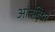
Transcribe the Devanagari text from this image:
आंतड़ियो